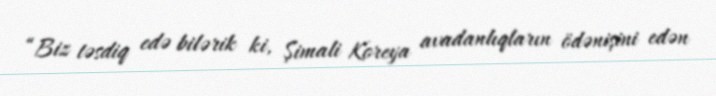
“Biz təsdiq edə bilərik ki, Şimali Koreya avadanlıqların ödənişini edən